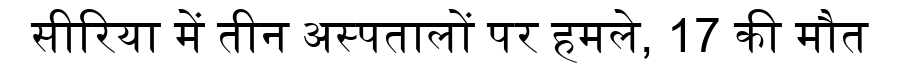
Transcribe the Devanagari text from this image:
सीरिया में तीन अस्पतालों पर हमले, 17 की मौत